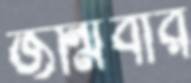
জন্মিবার